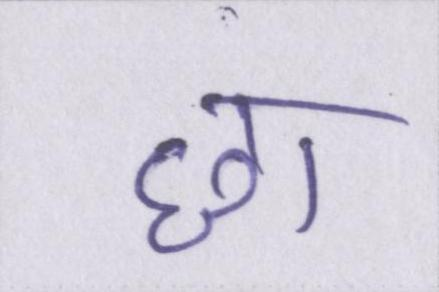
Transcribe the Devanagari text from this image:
छा